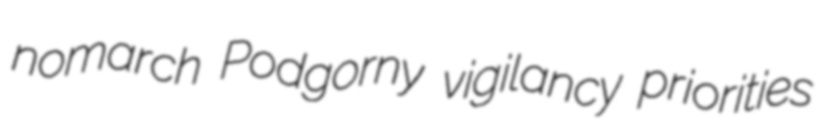
nomarch Podgorny vigilancy priorities